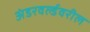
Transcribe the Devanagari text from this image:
अंडरवर्ल्डवरील